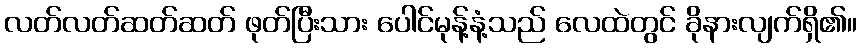
လတ်လတ်ဆတ်ဆတ် ဖုတ်ပြီးသား ပေါင်မုန့်နံ့သည် လေထဲတွင် ခိုနားလျက်ရှိ၏။